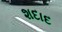
શદાદ